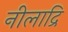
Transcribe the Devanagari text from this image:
नीलाद्रि